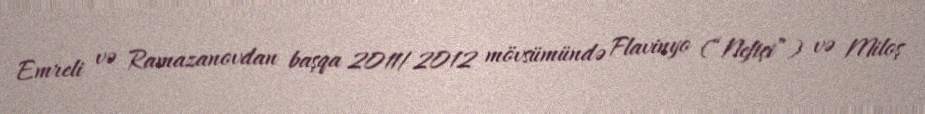
Emreli və Ramazanovdan başqa 2011/2012 mövsümündə Flavinyo (“Neftçi”) və Miloş